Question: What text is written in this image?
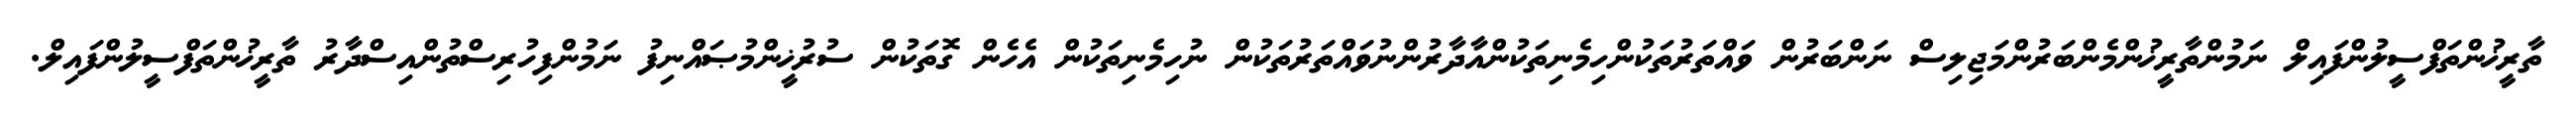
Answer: ތާރީޚުންތަފްސީލުންފައިލް ނަމުންތާރީޚުންމެންބަރުންމަޖިލިސް ނަންބަރުން ވައްތަރުތަކުންހިމެނިތަކުންއާދާރުންނުވައްތަރުތަކުން ނުހިމެނިތަކުން އެހެން ގޮތަކުން ސުރުޚީންމުޞައްނިފު ނަމުންފިހުރިސްތުންއިސްދާރު ތާރީޚުންތަފްސީލުންފައިލް.